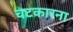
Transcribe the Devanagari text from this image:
चटकारना